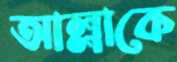
আল্লাকে